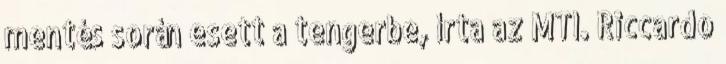
mentés során esett a tengerbe, írta az MTI. Riccardo